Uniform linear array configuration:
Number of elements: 16
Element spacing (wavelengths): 0.25
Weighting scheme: hann
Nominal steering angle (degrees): -30
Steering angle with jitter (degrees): -31.608
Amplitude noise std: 0.05
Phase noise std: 0.05

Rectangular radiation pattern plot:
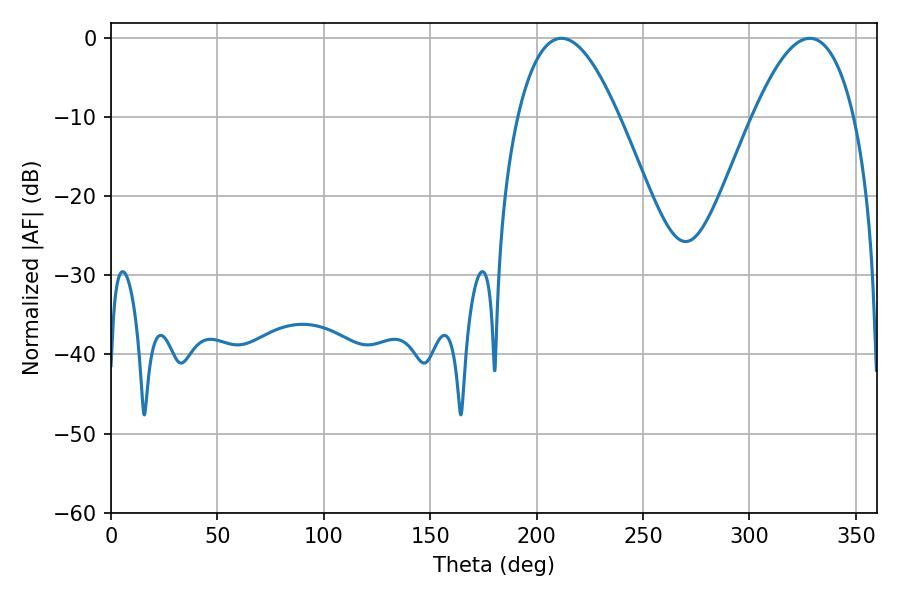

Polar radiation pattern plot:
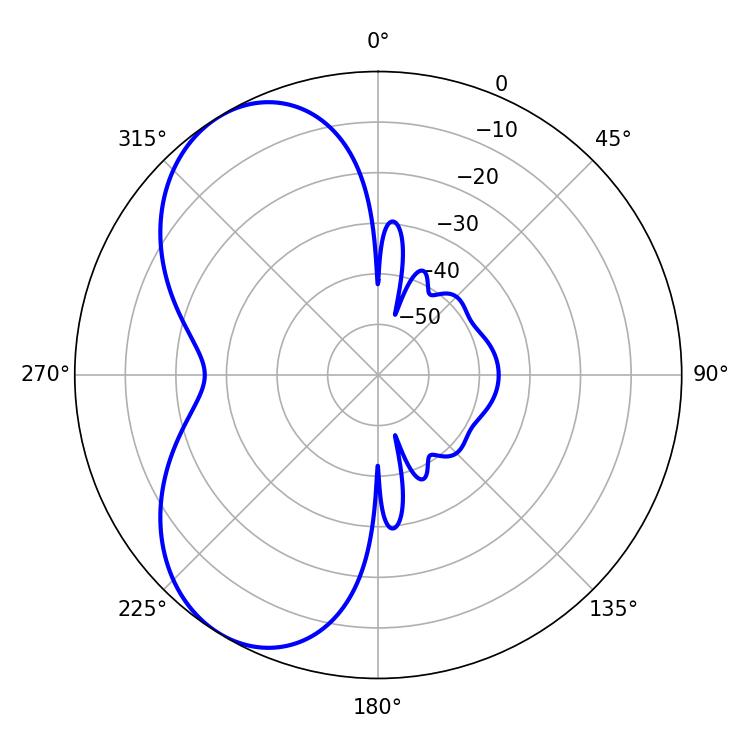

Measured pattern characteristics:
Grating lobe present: FALSE
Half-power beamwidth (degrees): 26.1
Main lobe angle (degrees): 211.68